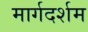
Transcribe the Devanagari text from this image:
मार्गदर्शम